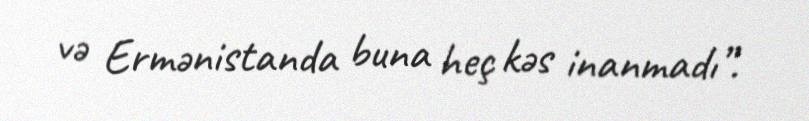
və Ermənistanda buna heç kəs inanmadı”.